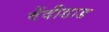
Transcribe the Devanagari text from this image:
वेंदीडाड